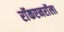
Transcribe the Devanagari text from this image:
राॅकएनराॅला